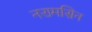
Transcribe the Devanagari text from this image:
नरामसिन